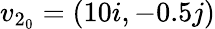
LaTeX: v_{2_{0}}=(10i,-0.5j)